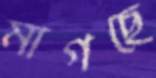
মাগছে